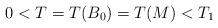
LaTeX: \begin{align*}0 < T = T(B_0) = T(M)< T_1 \end{align*}